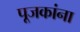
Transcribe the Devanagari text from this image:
पूजकांना